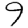
Digit: 9